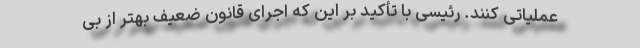
عملیاتی کنند. رئیسی با تأکید بر این که اجرای قانون ضعیف بهتر از بی